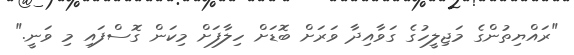
"ރައްޔިތުންގެ މަޖިލީހުގެ ގަވާއިދާ ވަރަށް ބޮޑަށް ހިލާފަށް މިކަން ގޮސްފައި މި ވަނީ."